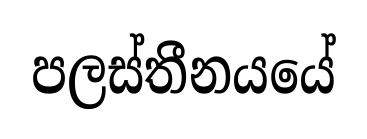
පලස්තීනයයේ